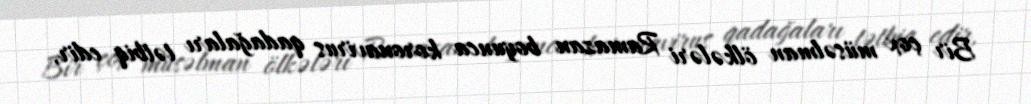
Bir çox müsəlman ölkələri Ramazan boyunca koronavirus qadağaları tətbiq edir,